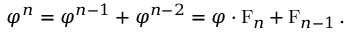
\varphi ^ { n } = \varphi ^ { n - 1 } + \varphi ^ { n - 2 } = \varphi \cdot \operatorname { F } _ { n } + \operatorname { F } _ { n - 1 } .